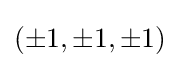
(\pm 1,\pm 1,\pm 1)